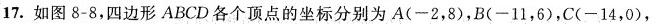
17.如图8-8，四边形ABCD各个顶点的坐标分别为A(-2，8)，B(-11，6)，C(-14，0)，